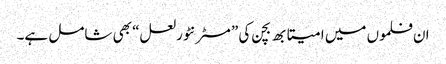
ان فلموں میں امیتابھ بچن کی ”مسٹر نٹورلعل“ بھی شامل ہے۔